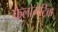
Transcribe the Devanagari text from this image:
फेलोमेट्रिक